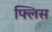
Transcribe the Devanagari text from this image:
फ्लिस